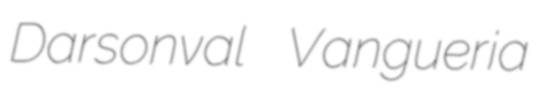
Darsonval Vangueria